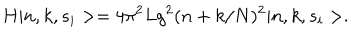
H \vert n , k , s _ { i } > = 4 \pi ^ { 2 } L g ^ { 2 } ( n + k / N ) ^ { 2 } \vert n , k , s _ { i } > .